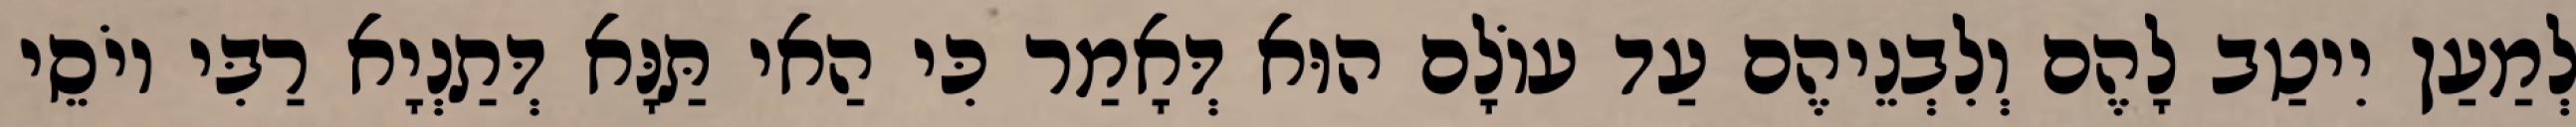
לְמַעַן יִיטַב לָהֶם וְלִבְנֵיהֶם עַד עוֹלָם הוּא דְּאָמַר כִּי הַאי תַּנָּא דְּתַנְיָא רַבִּי יוֹסֵי